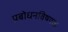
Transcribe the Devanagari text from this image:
प्रबोधनविषयक